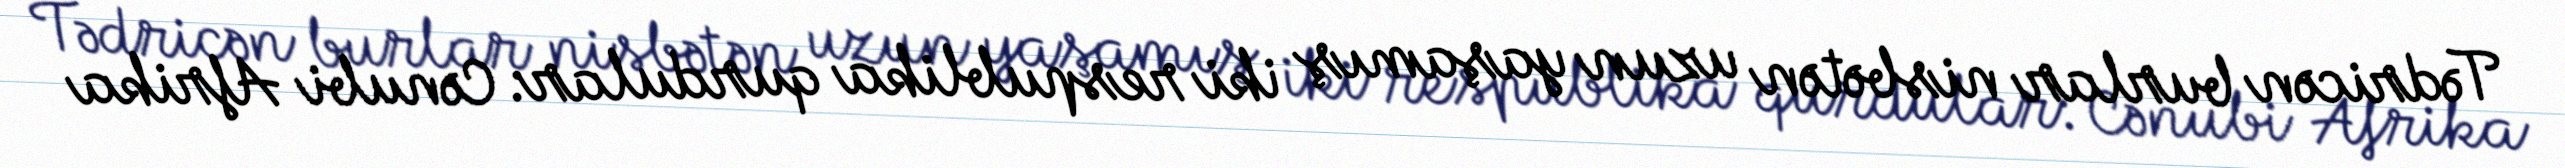
Tədricən burlar nisbətən uzun yaşamış iki respublika qurdular: Cənubi Afrika